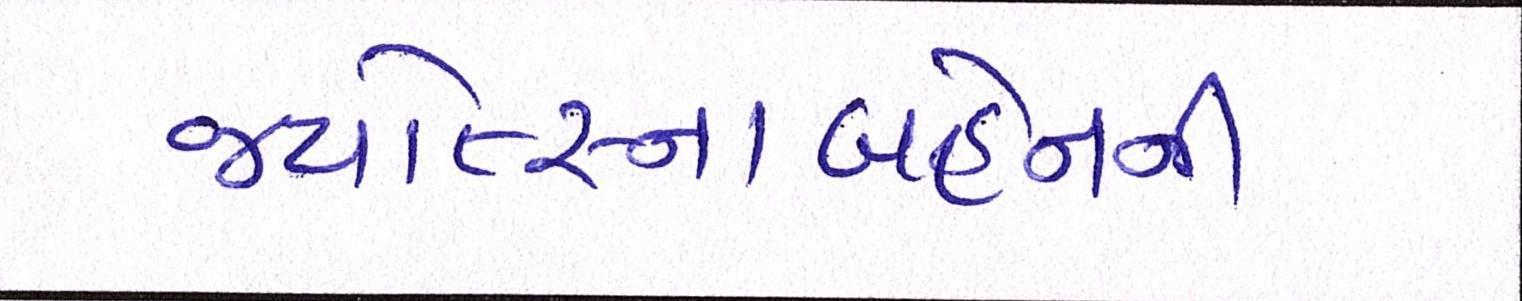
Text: જ્યોત્સ્નાબહેનની